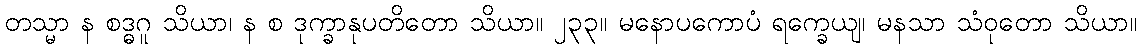
တသ္မာ န စဒ္ဓဂူ သိယာ၊ န စ ဒုက္ခာနုပတိတော သိယာ။ ၂၃၃။ မနောပကောပံ ရက္ခေယျ၊ မနသာ သံဝုတော သိယာ။